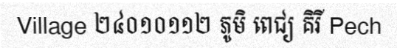
Village ២៤០១០១១២ ភូមិ ពេជ្យ គិរី Pech